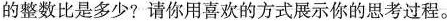
的整数比是多少？请你用喜欢的方式展示你的思考过程。